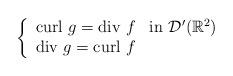
LaTeX: \begin{align*}\left\{ \begin{array}{ll} \mbox{curl } g = \mbox{div } f & \mbox{in } \mathcal{D}'(\mathbb{R}^2)\\ \mbox{div } g = \mbox{curl } f & \end{array}\right.\end{align*}